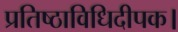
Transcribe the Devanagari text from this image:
प्रतिष्ठाविधिदीपक।